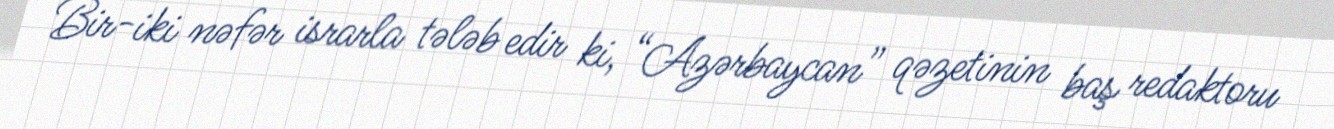
Bir-iki nəfər israrla tələb edir ki, “Azərbaycan” qəzetinin baş redaktoru